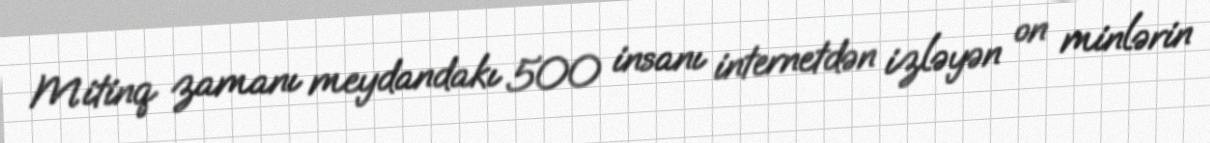
Mitinq zamanı meydandakı 500 insanı internetdən izləyən on minlərin